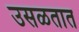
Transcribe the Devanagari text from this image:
उसळतात